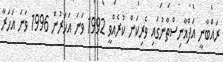
ރައްބާނީ އަފްޣާނިސްތާނުގައި ވެރިކަން ކުރެއްވީ 1992 ވަނަ އަހަރުން 1996 ވަނަ އަހަރާ